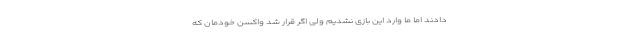
دادند اما ما وارد این بازی نشدیم ولی اگر قرار شد واکسن خودمان که